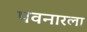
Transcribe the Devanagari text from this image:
पवनारला